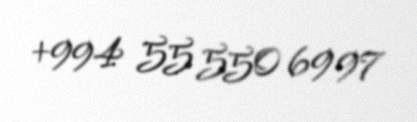
+994 55 550 69 97